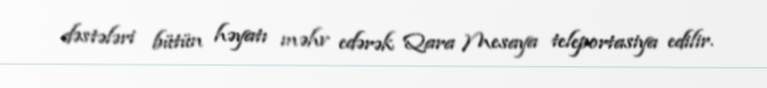
dəstələri bütün həyatı məhv edərək Qara Mesaya teleportasiya edilir.